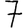
Digit: 7